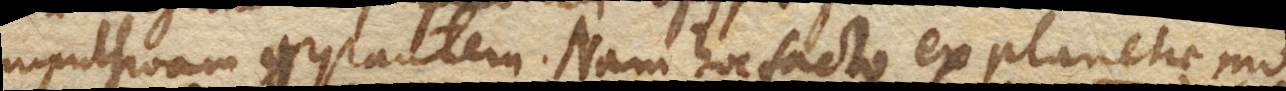
impulsivam gyrantem. Nam hoc facto ex planetae mo–